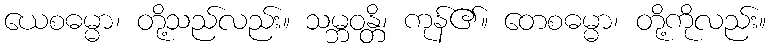
ယေစဓမ္မာ၊ တို့သည်လည်း။ သမ္ဘဝန္တိ၊ ကုန်၏။ တေစဓမ္မာ၊ တို့ကိုလည်း။